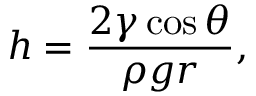
h = { \frac { 2 \gamma \cos { \theta } } { \rho g r } } ,